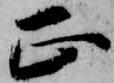
正